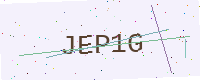
Text: JEP1G